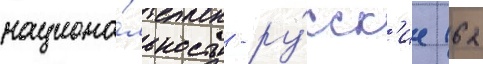
национа́льность - ру́сск'ие (62